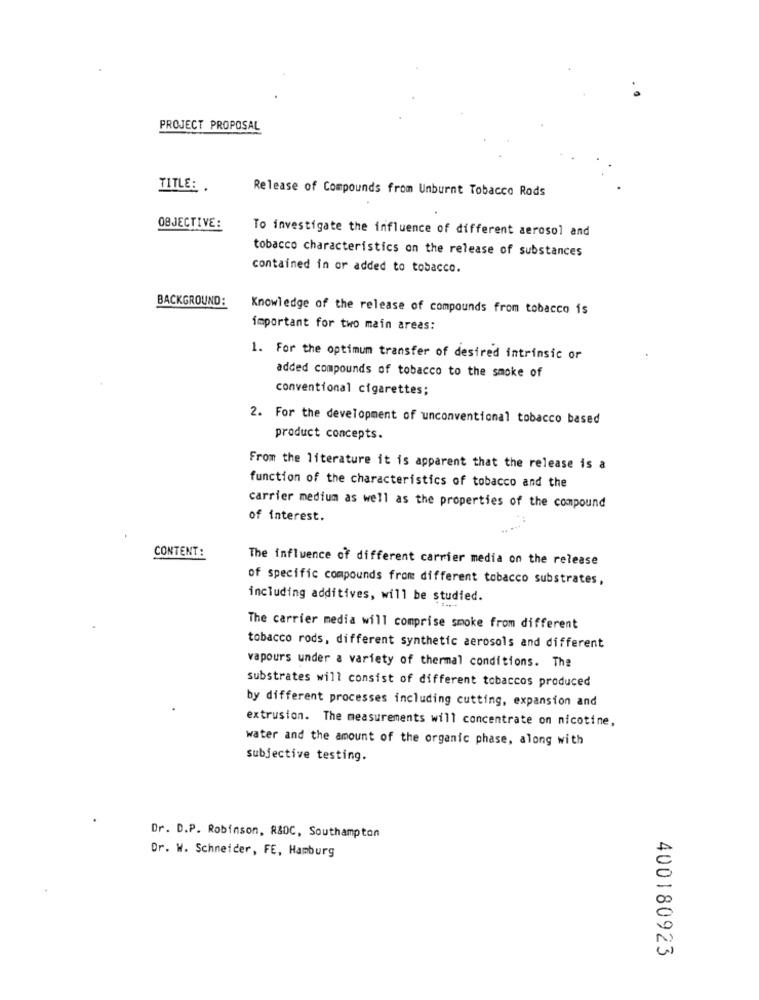
PROJECT PROPOSAL
TITLE: .
Release of Compounds from Unburnt Tobacco Rods
OBJECTIVE:
To investigate the influence of different aerosol and
tobacco characteristics on the release of substances
contained in or added to tobacco.
BACKGROUND:
Knowledge of the release of compounds from tobacco is
important for two main areas:
1. For the optimum transfer of desired intrinsic or
added compounds of tobacco to the smoke of
conventional cigarettes;
2. For the development of unconventional tobacco based
product concepts.
From the literature it is apparent that the release is a
function of the characteristics of tobacco and the
carrier medium as well as the properties of the compound
of interest.
.. ...
CONTENT:
The influence of different carrier media on the release
of specific compounds from different tobacco substrates,
including additives, will be studied.
The carrier media will comprise smoke from different
tobacco rods, different synthetic aerosols and different
vapours under a variety of thermal conditions. The
substrates will consist of different tobaccos produced
by different processes including cutting, expansion and
extrusion. The measurements will concentrate on nicotine,
water and the amount of the organic phase, along with
subjective testing.
Dr. D.P. Robinson, R&DC, Southampton
Dr. W. Schneider, FE, Hamburg
400180923